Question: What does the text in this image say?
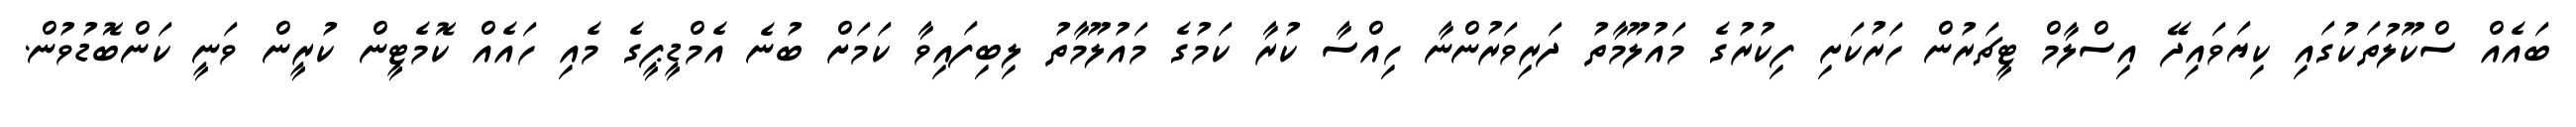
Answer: ބައެއް ސްކޫލުތަކުގައި ކިޔަވައިދޭ އިސްލާމް ޓީޗަރުން ހަރުކަށި ފިކުރުގެ މައުލޫމާތު ދަރިވަރުންނާ ހިއްސާ ކުރާ ކަމުގެ މައުލޫމާތު ލިބިފައިވާ ކަމަށް ބުނެ އެމްޑީޕީގެ މެއި ހައެއް ކޮމެޓީން ކުރީން ވަނީ ކަންބޮޑުވުން.